Vabadussoja_Ajaloo_Komitee, lk 61
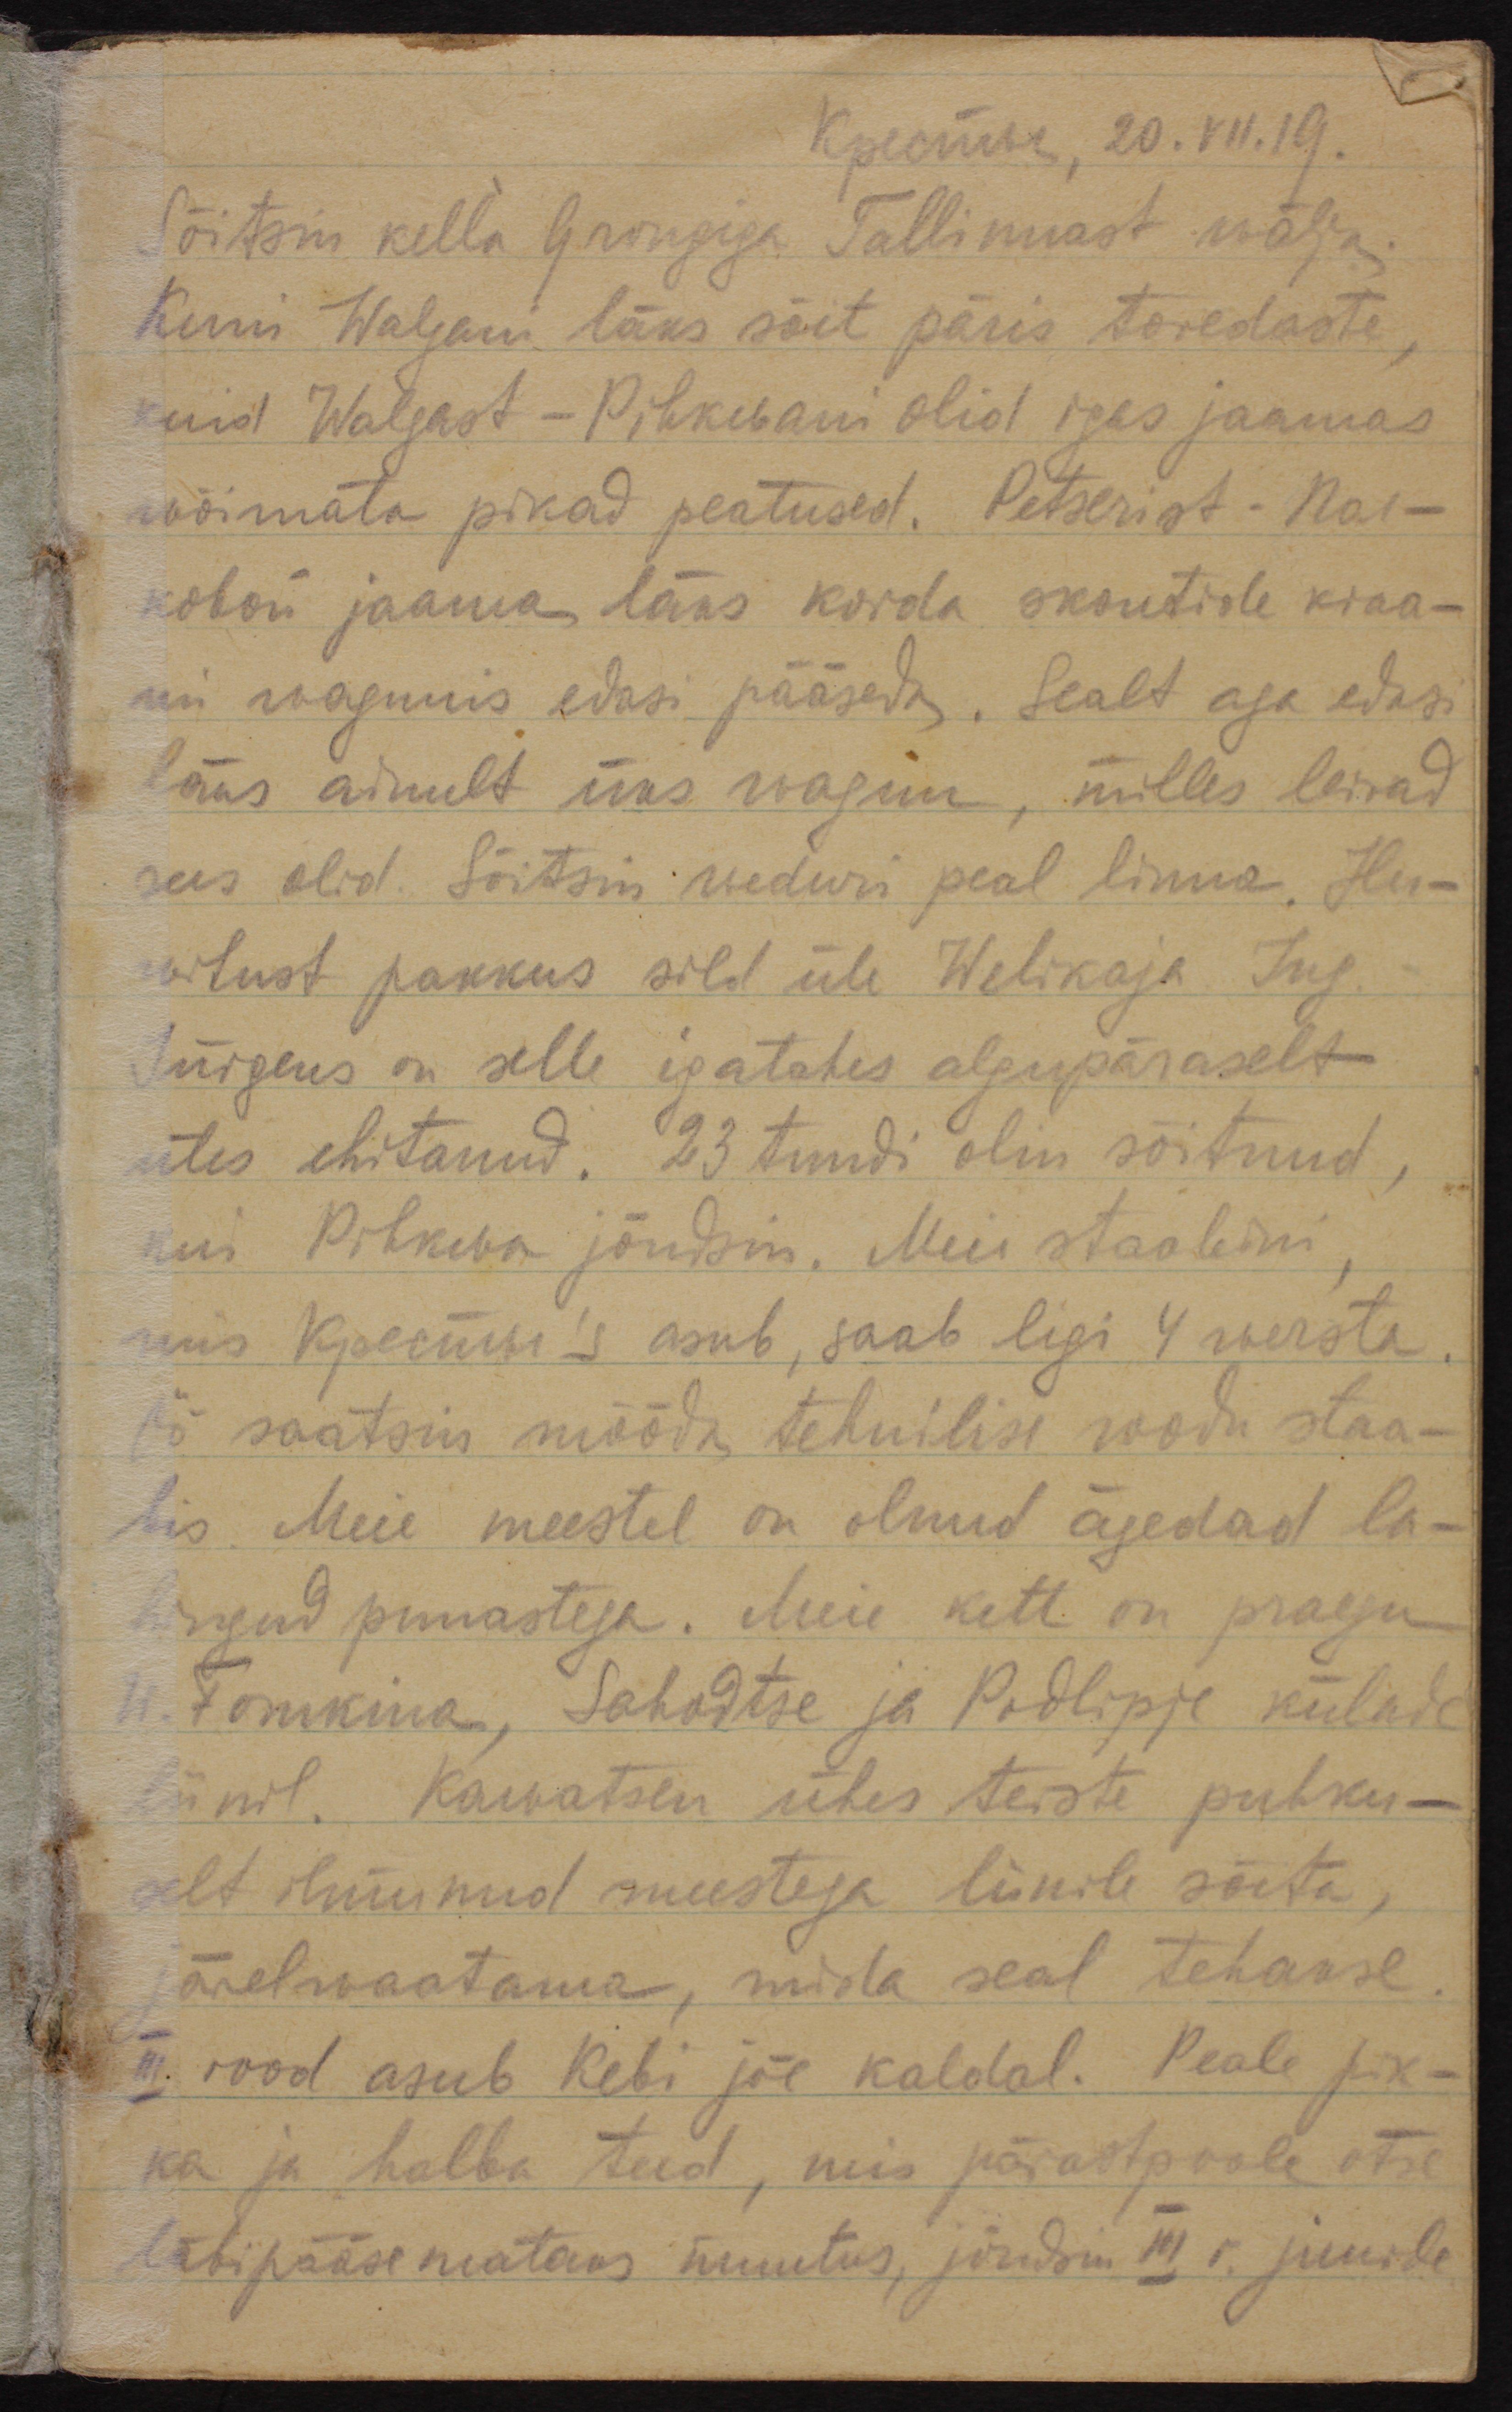
Кресты, 20. VII.19.
Sõitsin kella 9 rongiga Tallinnast wälja.
Kuni Walgani läks sõit päris toredaste,
kuid Walgast - Pihkwani olid igas jaamas
wõimata pikad peatused. Petserist Пас-
ковой jaama läks korda skautide kraa-
mi wagunis edasi pääseda. Sealt aga edasi
läks ainult üks wagun, milles leivad
sees olid. Sõitsin weduri peal linna. Hu-
witust pakkus sild üle Welikaja. Ing.
Jürgens on selle igatahes algupäraselt
üles ehitanud. 23 tundi olin sõitnud, 
kui Pihkwa jõudsin. Meie staabini,
mis Кресты´s asub, saab ligi 4 wersta.
Öö saatsin mööda tehnilise roodu staa-
bis. Meie meestel on olnud ägedad la-
hingud punastega. Meie kett on praegu
Fomkina, Sahodtse ja Podlippe külade 
liinil. Kawatsen ühes teiste puhku-
selt ilmunud meestega liinile sõita,
järelwaatama, mida seal tehakse.
III rood asub Kebi jõe kaldal. Peale pik-
ka ja halba teed, mis pärastpoole otse
läbipääsematuks muutus, jõudsin III r. juurde